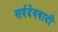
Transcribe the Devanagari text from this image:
सर्वदेववादी